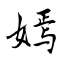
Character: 嫣